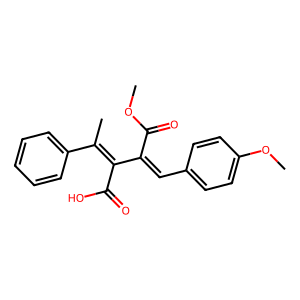
SMILES: COC(=O)C(=Cc1ccc(OC)cc1)C(C(=O)O)=C(C)c1ccccc1
Inhibits HIV replication: No